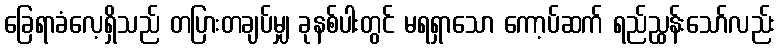
ခြေရာခံလေ့ရှိသည် တပြားတချပ်မျှ ခုနစ်ပါးတွင် မရရှာသော ကော့ပ်ဆက် ရည်ညွှန်းသော်လည်း